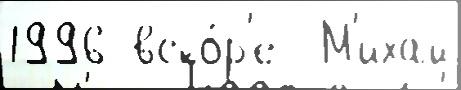
1996 вско́р'е  М'ихай